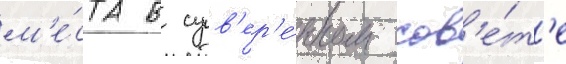
м'е́ста в сув'ер'е́нном сов'е́т'е